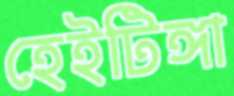
হেইটিঙ্গা